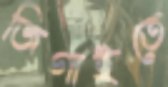
জিগাইতে